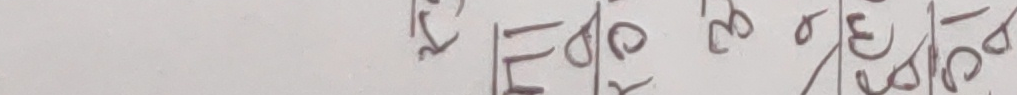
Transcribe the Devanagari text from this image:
केहि कुरा र यो